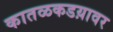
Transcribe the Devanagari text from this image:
कातळकडय़ावर